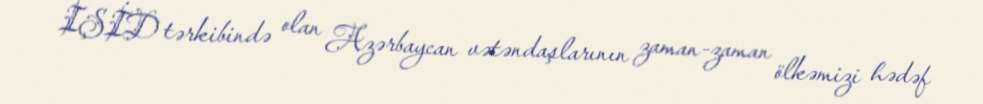
İŞİD tərkibində olan Azərbaycan vətəndaşlarının zaman-zaman ölkəmizi hədəf